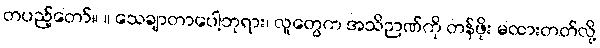
တပည့်တော်။ ။ သေချာတာပေါ့ဘုရား၊ လူတွေက အသိဉာဏ်ကို တန်ဖိုး မထားတတ်လို့